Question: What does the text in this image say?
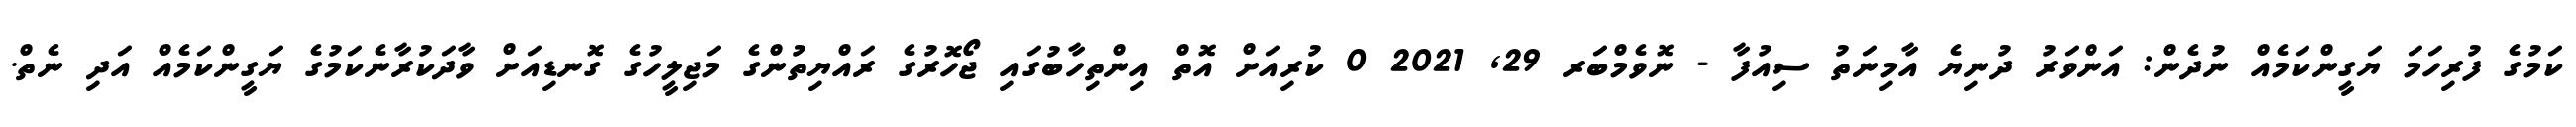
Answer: ކަމުގެ ފުރިހަމަ ޔަގީންކަމެއް ނުދެން: އަންވަރު ދުނިޔެ އާމިނަތު ސިއުފާ - ނޮވެމްބަރ 29, 2021 0 ކުރިއަށް އޮތް އިންތިހާބުގައި ޖޯހޮރުގެ ރައްޔިތުންގެ މަޖިލީހުގެ ގޮނޑިއަށް ވާދަކުރާނެކަމުގެ ޔަގީންކަމެއް އަދި ނެތް.